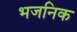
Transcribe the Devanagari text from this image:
भजनिक